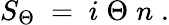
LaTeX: S_{\Theta}\; =\; i\; \Theta\; n\; .